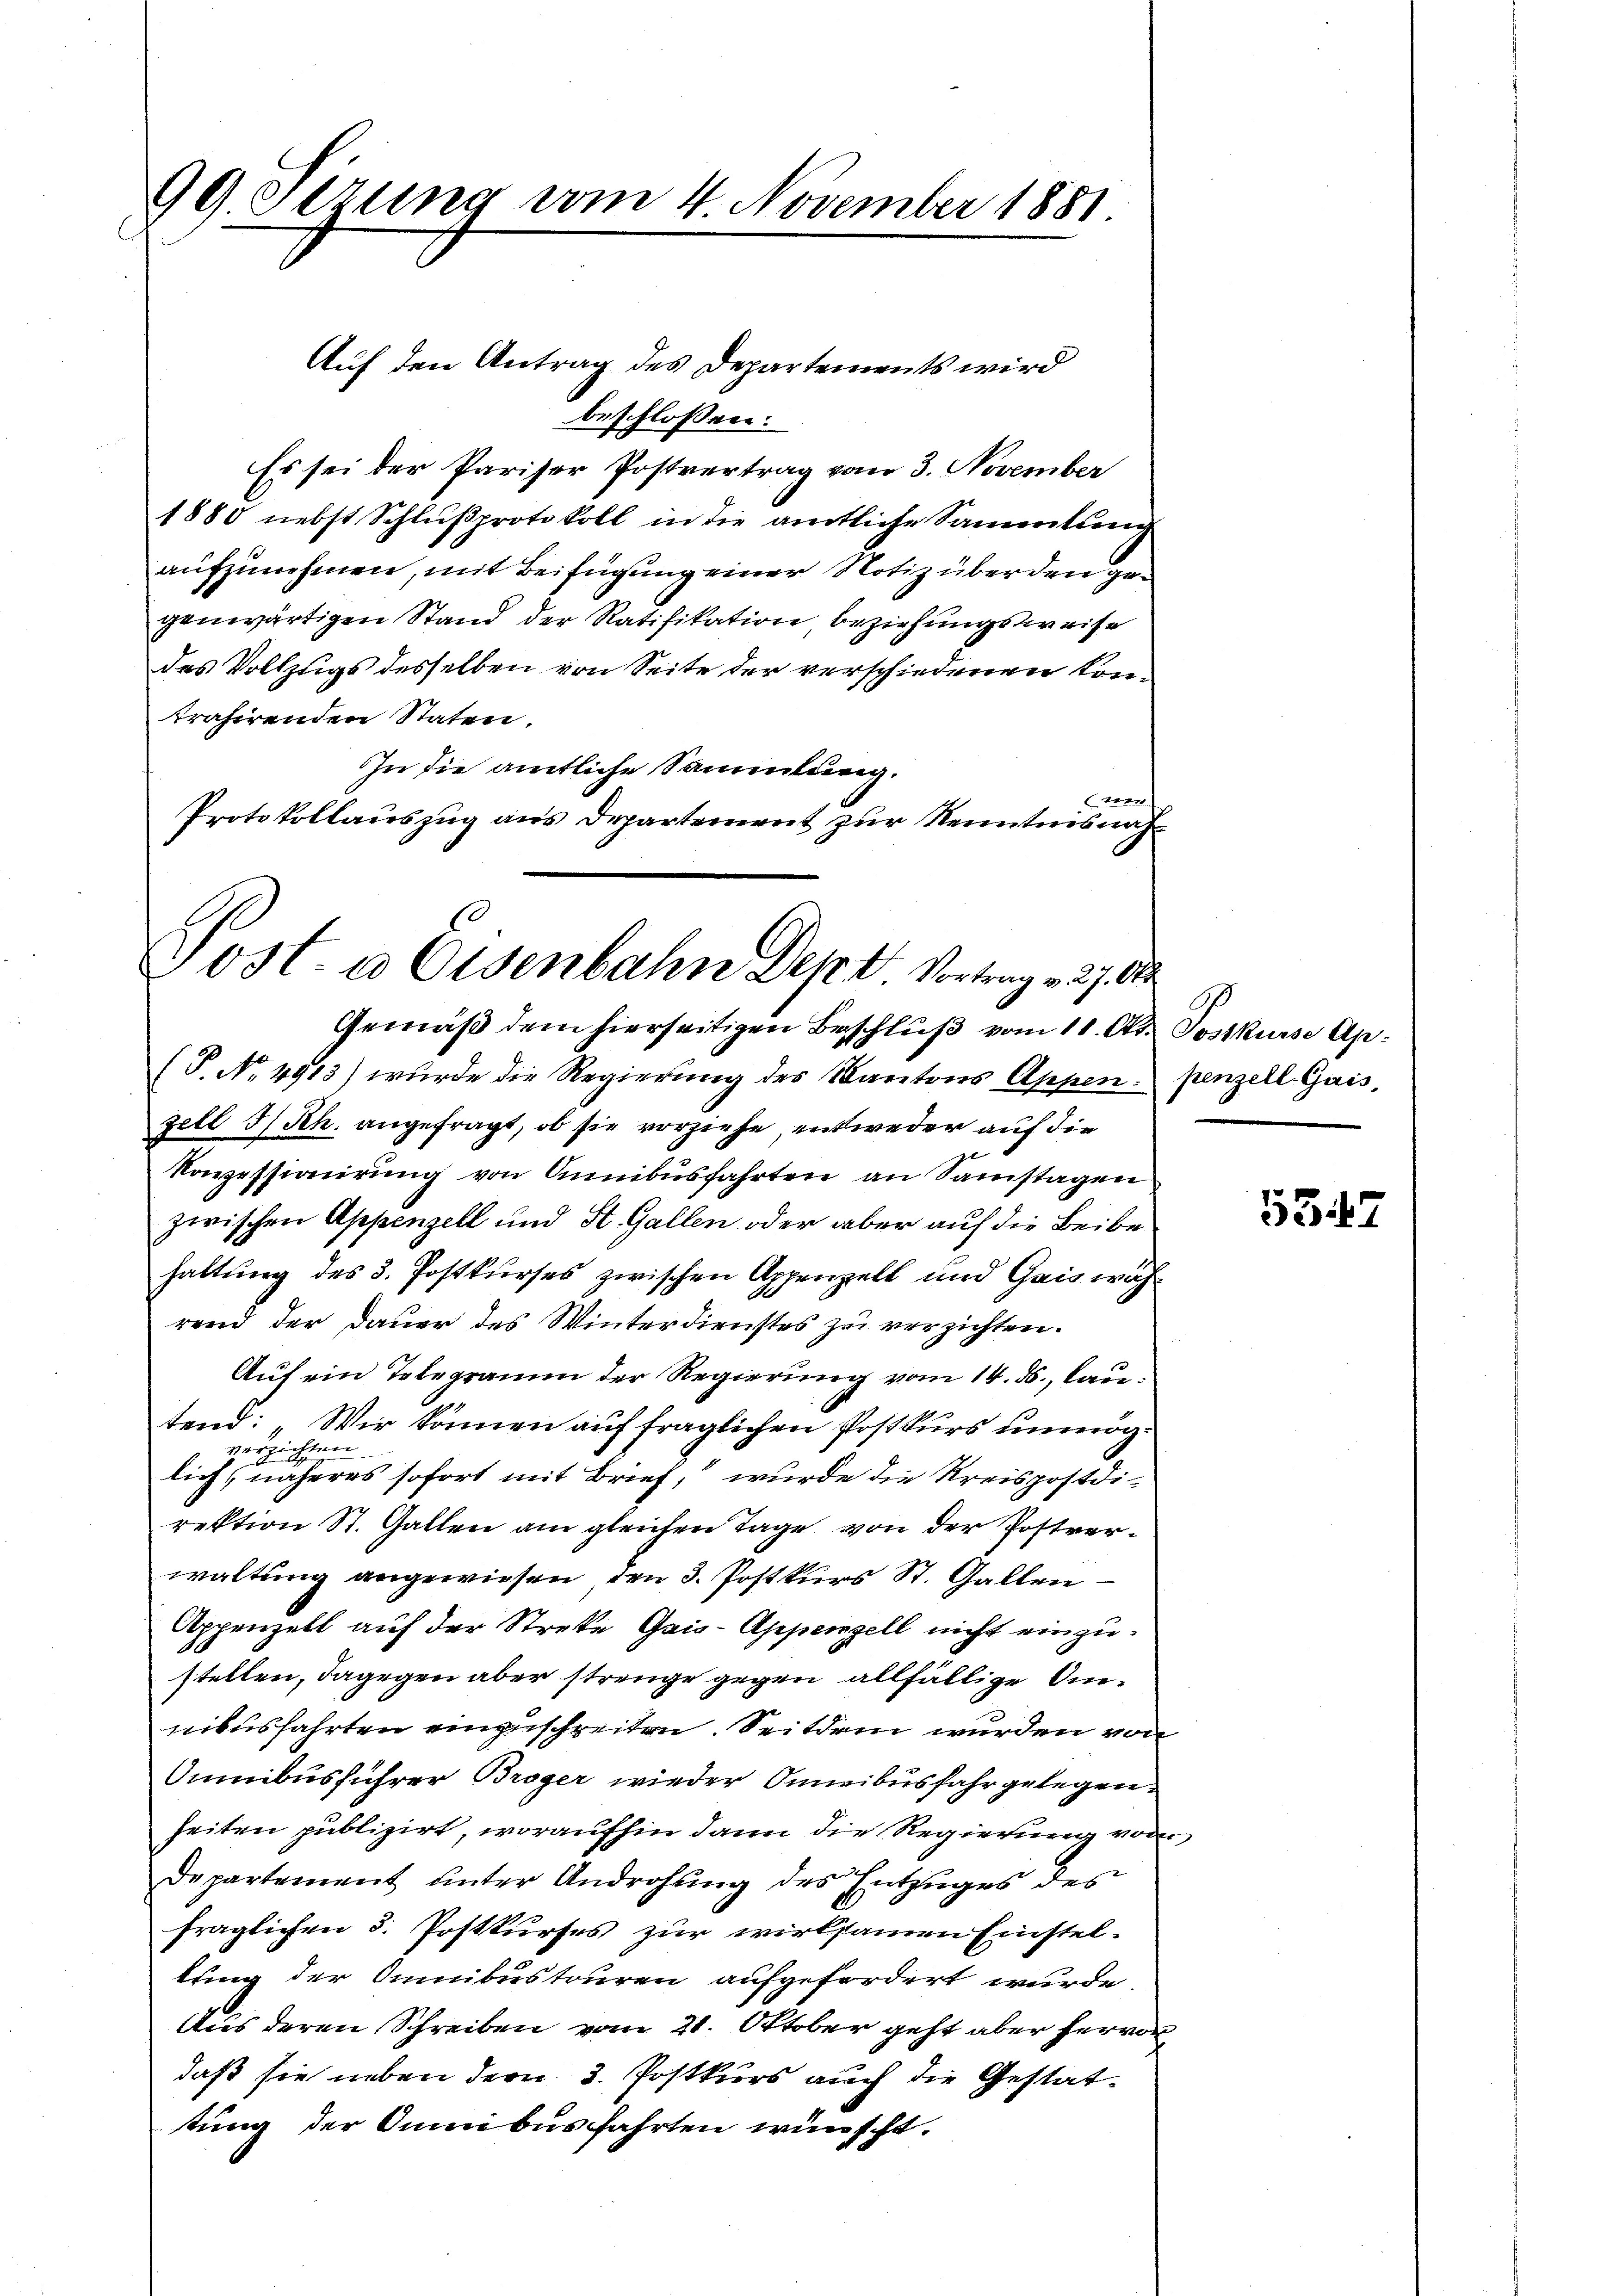
99. Serung vom 4 November 1881

Auf den Antrag des Departements wird
beschloßen:
Es sei der Pariser Postvertrag vom 3. November
1880 nebst Schlußprotokoll in die amtliche Sammlung
aufzunehmen, mit Beifügung einer Notiz über den gegenwärtigen Stand der Ratifikation, beziehungsweise
des Vollzugs desselben von Seite der verschiedenen kontrahirenden Staten.
In die amtliche Sammlung.
e
Protokollauszug aus Departement zur Kenntnisnah¬

Post. a Eisenbahn Dep. 4 Vortrag v. 27. O
Gemäß dem hierseitigen Beschluß vom 11. Okt. Postkurse Ap¬

(P. No. 4913) wurde die Regierung des Kantons Appen penzell Gais,
zell I/Rh. angefragt, ob sie vorziehe, entweder auf die
Konzessionirung von Annibusfahrten an Samstagen
zwischen Appenzell und St. Gallen oder aber auf die Beibehaltung des 3. Postkurses zwischen Appenzell und Gais während der Dauer des Winterdienstes zu verzichten.
Auf ein Telegramm der Regierung vom 14. ds., lautend: „Wir können auf fraglichen Postkurs unmögverzichten
lich näheres sofort mit Brief, wurde die Kreispostdirektion St. Gallen am gleichen Tage von der Postverwaltung angewiesen, den 3. Postkurs St. Gallen
Appenzell auf der Streke Gais-Appenzell nicht einzustellen, dagegen aber strenge gegen allfällige Annibusfahrten einzuschreiten. Seitdem wurden von
Omnibusführer Broger wieder Inneibusfahr gelegen.
heiten publizirt, woraufhin dann die Regierung von
Departement unter Androhung des Entzuges des
fraglichen 3. Erstkurses zur wirksamen Einstellung der Omnibustouren aufgefordert wurde.
Aus deren Schreiben vom 21. Oktober geht aber hervon
daß sie neben dem 3. Postkurs auch die Gestattung der Omnibus fahrten wünscht.

5347